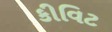
કીવિટ